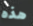
هذه